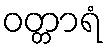
ဝတ္တာရံ